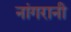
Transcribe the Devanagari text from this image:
नांगरानी